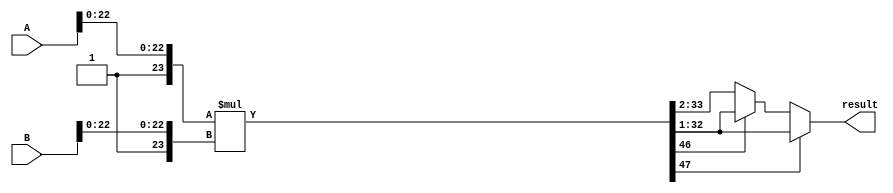
module radix2_fp_multiplier (
    input wire [31:0] A, // First floating-point number
    input wire [31:0] B, // Second floating-point number
    output reg [31:0] result // Resulting floating-point number
);

    // Constants
    localparam BIAS = 127;
    localparam MANTISSA_BITS = 23;
    localparam EXPONENT_BITS = 8;

    // Internal signals
    wire sign_A, sign_B;
    wire [EXPONENT_BITS-1:0] exponent_A, exponent_B;
    wire [MANTISSA_BITS-1:0] mantissa_A, mantissa_B;
    
    wire [MANTISSA_BITS+1:0] M_A, M_B; // Including implicit leading 1
    wire [2*MANTISSA_BITS+1:0] M_result; // Result of mantissa multiplication
    reg [EXPONENT_BITS-1:0] exponent_result;
    reg sign_result;

    // Extract sign, exponent, and mantissa from inputs
    assign sign_A = A[31];
    assign exponent_A = A[30:23];
    assign mantissa_A = A[22:0];

    assign sign_B = B[31];
    assign exponent_B = B[30:23];
    assign mantissa_B = B[22:0];

    // Normalize mantissas (add implicit leading 1)
    assign M_A = {1'b1, mantissa_A}; // 1.M_A
    assign M_B = {1'b1, mantissa_B}; // 1.M_B

    // Multiply mantissas
    assign M_result = M_A * M_B;

    // Calculate sign of the result
    always @(*) begin
        sign_result = sign_A ^ sign_B;
    end

    // Calculate exponent of the result
    always @(*) begin
        if (exponent_A == 0) begin
            exponent_result = exponent_B - BIAS; // Handle denormalized case
        end else if (exponent_B == 0) begin
            exponent_result = exponent_A - BIAS; // Handle denormalized case
        end else begin
            exponent_result = (exponent_A + exponent_B - BIAS) + BIAS; // Normal case
        end
    end

    // Normalize the result
    always @(*) begin
        if (M_result[2*MANTISSA_BITS+1]) begin // If result is >= 2
            exponent_result = exponent_result + 1;
            result = {sign_result, exponent_result[EXPONENT_BITS-1:0], M_result[2*MANTISSA_BITS:1]};
        end else if (M_result[2*MANTISSA_BITS] == 0) begin // If result < 1
            exponent_result = exponent_result - 1;
            result = {sign_result, exponent_result[EXPONENT_BITS-1:0], M_result[2*MANTISSA_BITS-1:2]};
        end else begin
            result = {sign_result, exponent_result[EXPONENT_BITS-1:0], M_result[2*MANTISSA_BITS:1]};
        end
    end

endmodule